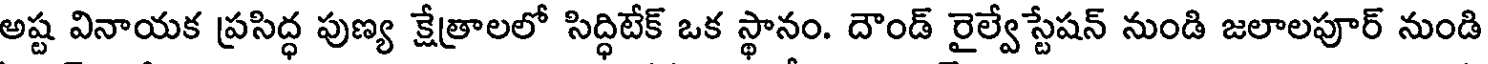
అష్ట వినాయక ప్రసిద్ధ పుణ్య క్షేత్రాలలో సిద్ధిటేక్ ఒక స్థానం. దౌండ్ రైల్వేస్టేషన్ నుండి జలాలపూర్ నుండి